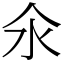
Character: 氽